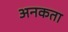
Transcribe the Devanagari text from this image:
अनकता